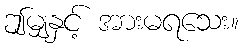
ဤမျှနှင့် အားမရသေး။